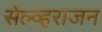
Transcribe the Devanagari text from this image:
सेल्व्हराजन